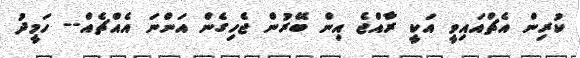
ކުރިން އެޗްއައިވީ އަކީ ރާއްޖެ އިން ބޭރުން ޖެހިގެން އަންނަ އެއްޗެއް-- ހަމީދު